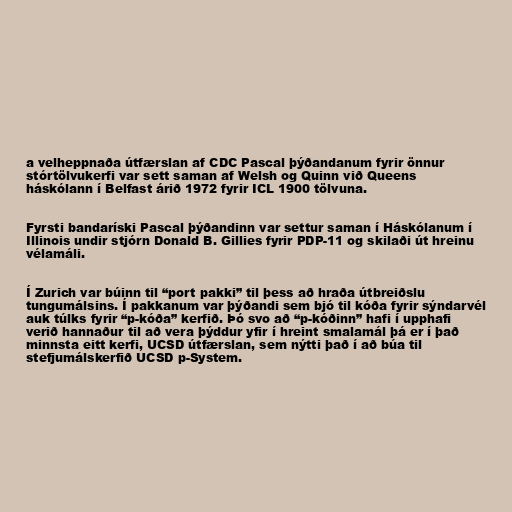
a velheppnaða útfærslan af CDC Pascal þýðandanum fyrir önnur
stórtölvukerfi var sett saman af Welsh og Quinn við Queens
háskólann í Belfast árið 1972 fyrir ICL 1900 tölvuna.

Fyrsti bandaríski Pascal þýðandinn var settur saman í Háskólanum í
Illinois undir stjórn Donald B. Gillies fyrir PDP-11 og skilaði út hreinu
vélamáli.

Í Zurich var búinn til “port pakki” til þess að hraða útbreiðslu
tungumálsins. Í pakkanum var þýðandi sem bjó til kóða fyrir sýndarvél
auk túlks fyrir “p-kóða” kerfið. Þó svo að “p-kóðinn” hafi í upphafi
verið hannaður til að vera þýddur yfir í hreint smalamál þá er í það
minnsta eitt kerfi, UCSD útfærslan, sem nýtti það í að búa til
stefjumálskerfið UCSD p-System.